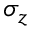
\sigma _ { z }